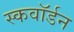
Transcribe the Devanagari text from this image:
स्कवाॅर्डन